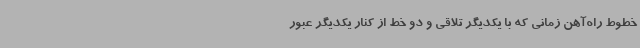
خطوط راه‌آهن زمانی که با یکدیگر تلاقی و دو خط از کنار یکدیگر عبور